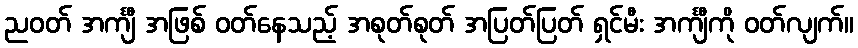
ညဝတ် အင်္ကျီ အဖြစ် ဝတ်နေသည့် အစုတ်စုတ် အပြတ်ပြတ် ရှင်မီး အင်္ကျီကို ဝတ်လျက်။